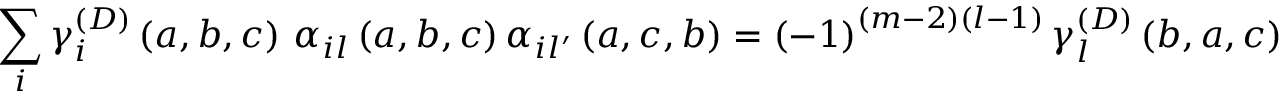
\sum _ { i } \gamma _ { i } ^ { \left( D \right) } \left( a , b , c \right) \, \alpha _ { i l } \left( a , b , c \right) \alpha _ { i l ^ { \prime } } \left( a , c , b \right) = \left( - 1 \right) ^ { \left( m - 2 \right) \left( l - 1 \right) } \gamma _ { l } ^ { \left( D \right) } \left( b , a , c \right) \delta _ { l l ^ { \prime } } .